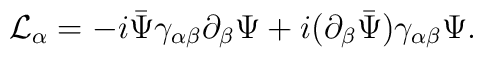
{\cal L}_{\alpha}=-i\bar\Psi\gamma_{\alpha\beta}\partial_{\beta}\Psi+i(\partial_{\beta}\bar\Psi)\gamma_{\alpha\beta}\Psi.